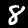
Digit: 8